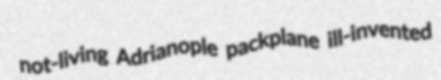
not-living Adrianople packplane ill-invented